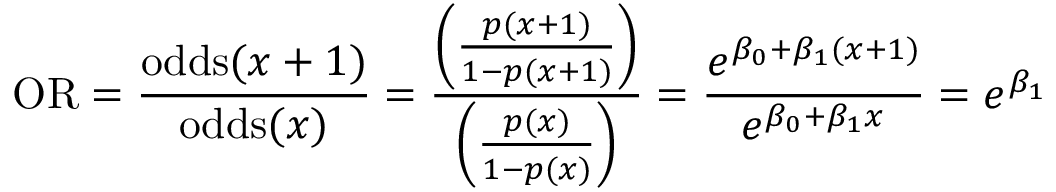
\mathrm { O R } = { \frac { \operatorname { o d d s } ( x + 1 ) } { \operatorname { o d d s } ( x ) } } = { \frac { \left( { \frac { p ( x + 1 ) } { 1 - p ( x + 1 ) } } \right) } { \left( { \frac { p ( x ) } { 1 - p ( x ) } } \right) } } = { \frac { e ^ { \beta _ { 0 } + \beta _ { 1 } ( x + 1 ) } } { e ^ { \beta _ { 0 } + \beta _ { 1 } x } } } = e ^ { \beta _ { 1 } }